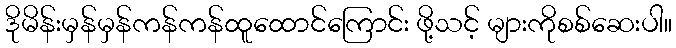
ဒိုမိန်းမှန်မှန်ကန်ကန်ထူထောင်ကြောင်း ဖို့သင့် များကိုစစ်ဆေးပါ။